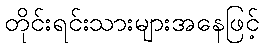
တိုင်းရင်းသားများအနေဖြင့်